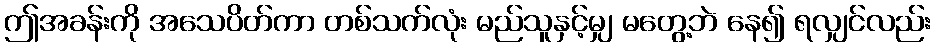
ဤအခန်းကို အသေပိတ်ကာ တစ်သက်လုံး မည်သူနှင့်မျှ မတွေ့ဘဲ နေ၍ ရလျှင်လည်း